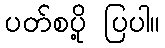
ပတ်စပို့ ပြပါ။